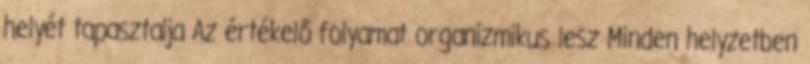
helyét tapasztalja Az értékelő folyamat organizmikus lesz Minden helyzetben